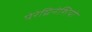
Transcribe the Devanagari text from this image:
पेरेग्रिनेशियो